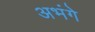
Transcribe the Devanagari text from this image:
अभंगे